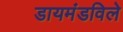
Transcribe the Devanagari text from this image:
डायमंडविले